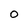
Character: O